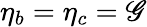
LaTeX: \eta_{b}=\eta_{c}=\mathscr{G}